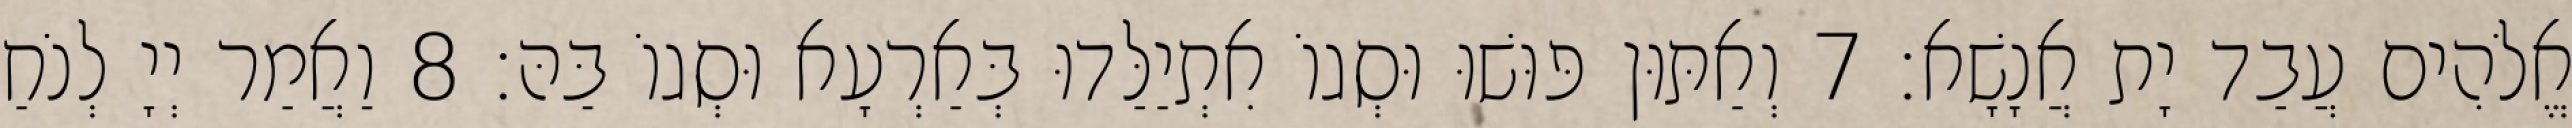
אֱלֹהִים עֲבַד יָת אֲנָשָׁא׃ 7 וְאַתּוּן פּוּשׁוּ וּסְגוֹ אִתְיַלַּדוּ בְּאַרְעָא וּסְגוֹ בַּהּ׃ 8 וַאֲמַר יְיָ לְנֹחַ